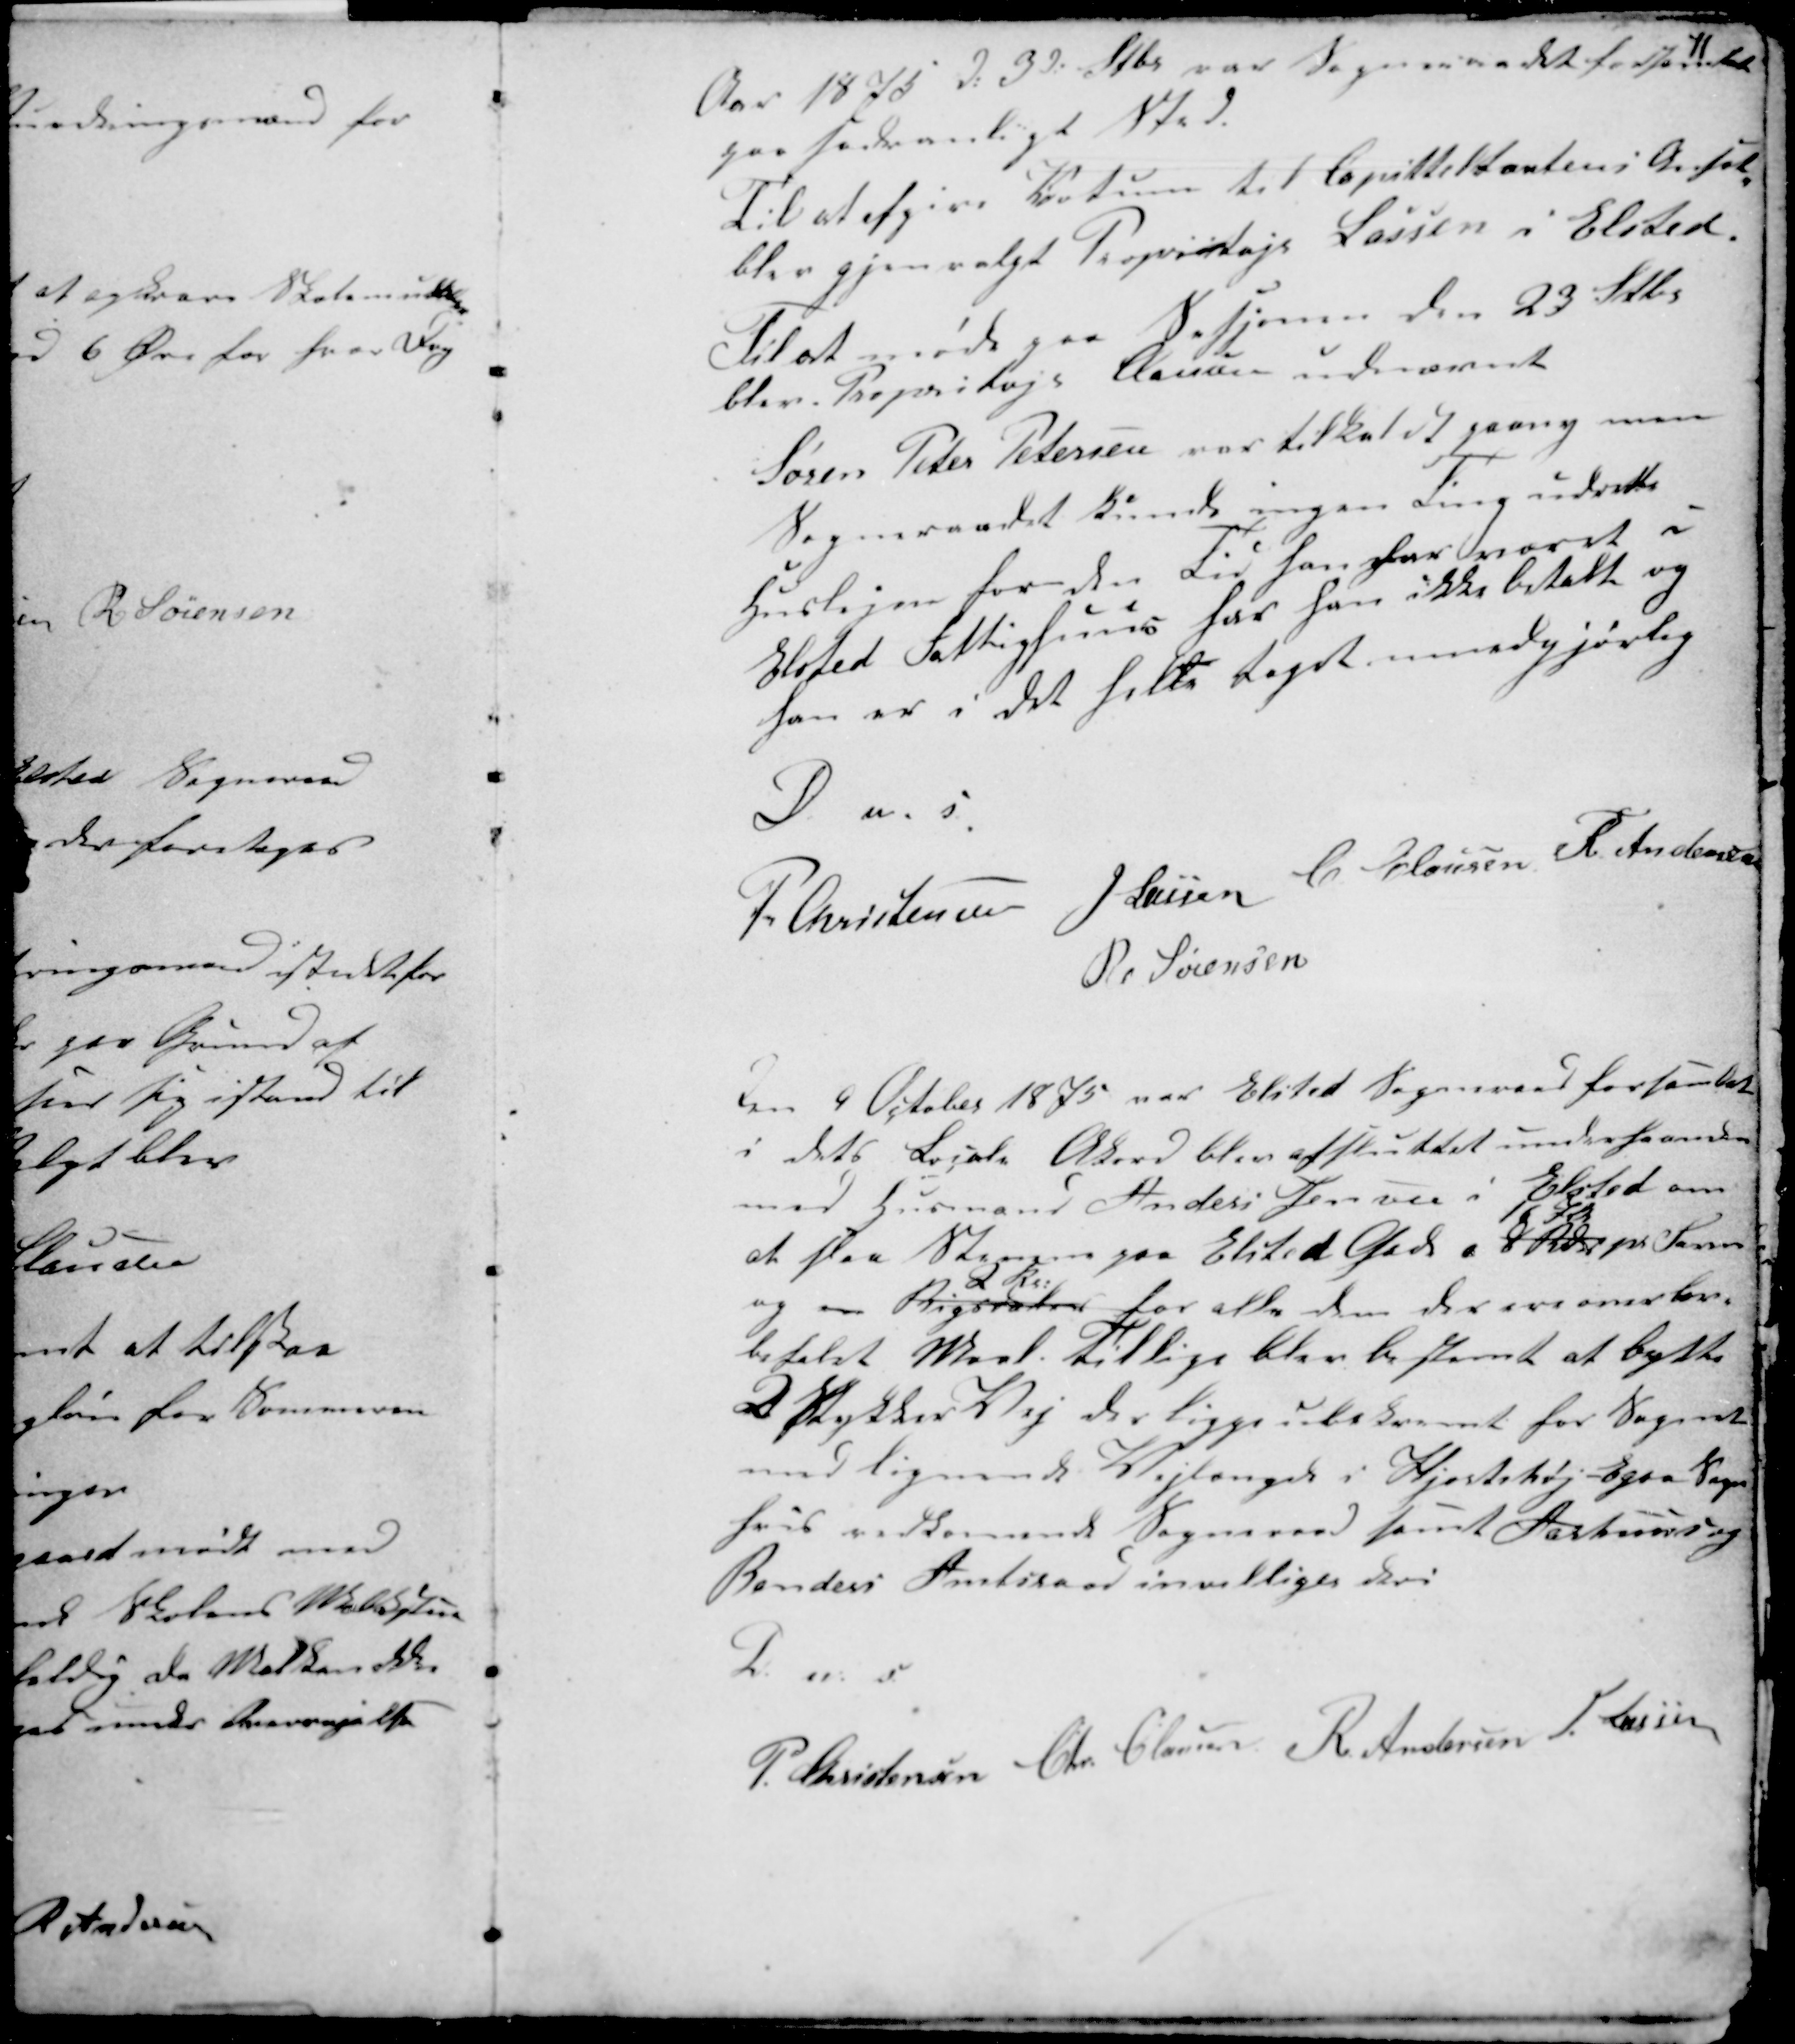
Transskription:
11
Aar 1875 d: 3 d: Stbr var Sogneraadet forsamlet
paa sædvanligt Sted.
Til at afgive Kvotum til Capitteltantens Antal
blev gjenvalgt Propritajr Lassen i Elsted.
Til at møde paa Sesjonen den 23 Stbr
blev Propritajr Clausen udnævnt
Søren Peter Petersen var tilkaldt paany men
Sogneraadet kunde ingen Ting udrette
Huslejen for den Tid han har været i
Elsted Fattighus har han ikke betalt og
han er i det helle taget umedgjørlig
D. u. s.
P Christensen J Jensen C Clausen R. Andersen
R Sørensen

Den 9 Oktober 1875 var Elsted Sogneraad forsamlet
i dets Locale Akord blev afsluttet underhaanden
med Husmand Anders Jensen i Elsted om
at slaa S...... paa Elsted Gade a 8 Kr
16 Kr
pr Favn
og en Rigsdaler
2 Kr:
for alle dem som der ere ..........
befalst Maal. Tillige blev bestemt at bytte
D ..... Vej der ligge ubekvent for Sognet
med lignende Vejlængde i Hjortshøj - Egaa Sogn
hvis vedkommende Sogneraad samt Aarhuus og
Randers Amtsraad invilliger deri
D. u. s.
P. Christensen Chr. Clausen R Andersen H. Lassen